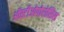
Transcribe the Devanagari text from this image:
ऑस्टीओपोरोसिस